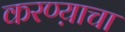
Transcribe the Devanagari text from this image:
करण्य़ाचा